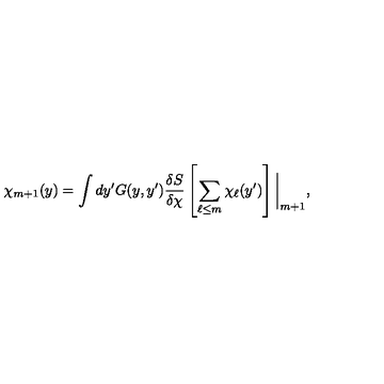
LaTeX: \chi _ { m + 1 } ( y ) = \int d y ^ { \prime } G ( y , y ^ { \prime } ) \frac { \delta S } { \delta \chi } \left[ \sum _ { \ell \leq m } \chi _ { \ell } ( y ^ { \prime } ) \right] \bigg | _ { m + 1 } ,